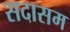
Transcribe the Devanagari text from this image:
सदासम